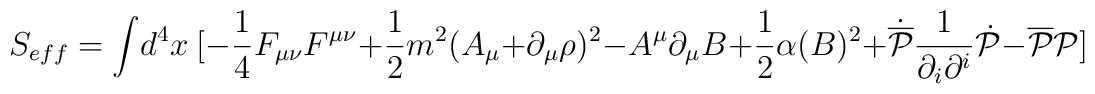
S_{eff} = \int\!d^4x~[ -\frac{1}{4}F_{\mu \nu}F^{\mu \nu}            + \frac{1}{2} m^{2}               ( A_{\mu} + \partial_\mu \rho )^2 - A^{\mu}\partial_{\mu}B + \frac{1}{2}\alpha (B)^2+ \dot{{\overline{\cal P}}}   \frac{1}{\partial_{i}\partial^{i}}   \dot{{\cal P}} -{\overline{\cal P}}{\cal P} ]